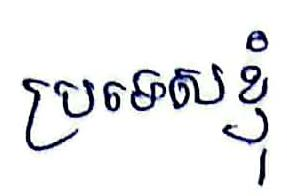
ប្រទេសខ្ញុំ